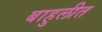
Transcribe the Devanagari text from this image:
बाहुलीत